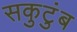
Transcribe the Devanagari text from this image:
सकुटुंब